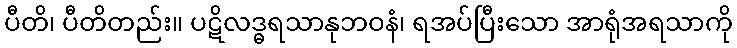
ပီတိ၊ ပီတိတည်း။ ပဋိလဒ္ဓရသာနုဘဝနံ၊ ရအပ်ပြီးသော အာရုံအရသာကို